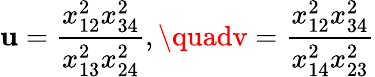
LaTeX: \mathbf{u}=\frac{{x_{12}^{2}x_{34}^{2}}}{{x_{13}^{2}x_{24}^{2}}},\quadv=\frac{{x_{12}^{2}x_{34}^{2}}}{{x_{14}^{2}x_{23}^{2}}}